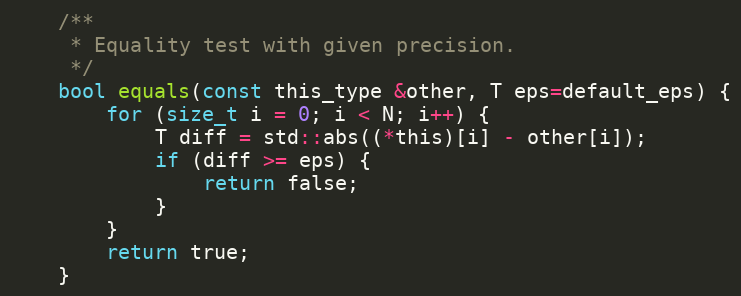
Language: C
	/**
	 * Equality test with given precision.
	 */
	bool equals(const this_type &other, T eps=default_eps) {
		for (size_t i = 0; i < N; i++) {
			T diff = std::abs((*this)[i] - other[i]);
			if (diff >= eps) {
				return false;
			}
		}
		return true;
	}